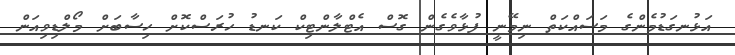
އަޅުނގަޑުމެންގެ މަސައްކަތް ނިމޭނީ ފުޅާވެގެން ގޮސް އެޓްލާންޓިކް ކަނޑު ހުރަސްކޮށް ހިސާބަށް މޯލްޑިވިއަން